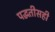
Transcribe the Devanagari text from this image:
पद्धतीसही